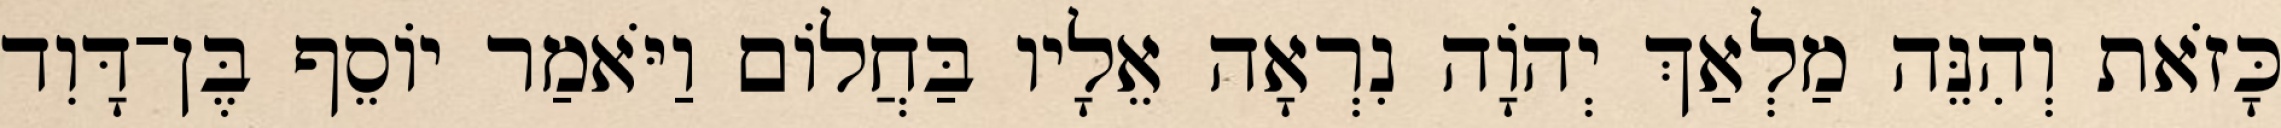
כָּזֹאת וְהִנֵּה מַלְאַךְ יְהוָֹה נִרְאָה אֵלָיו בַּחֲלוֹם וַיֹּאמַר יוֹסֵף בֶּן־דָּוִד